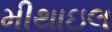
મીથાઇલ